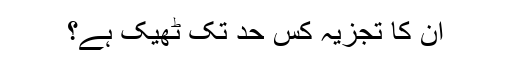
ان کا تجزیہ کس حد تک ٹھیک ہے؟